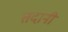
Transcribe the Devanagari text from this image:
तदानीं